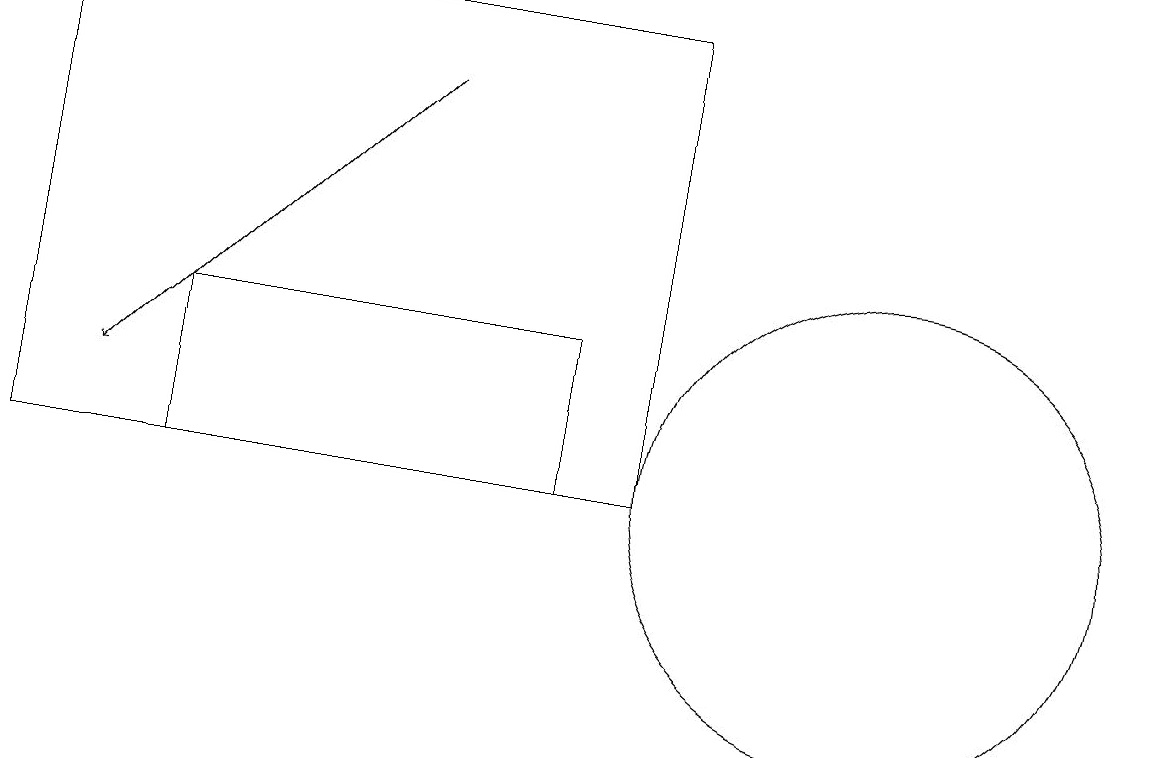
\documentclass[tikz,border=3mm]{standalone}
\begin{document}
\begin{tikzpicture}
\draw (9,17) rectangle (1,11);
\draw[->] (6,16) -- (2,12);
\draw (8,13) rectangle (3,11);
\draw (12,11) circle (3);
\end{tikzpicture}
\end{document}